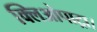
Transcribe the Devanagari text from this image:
क्लिओपाट्रा।